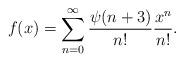
LaTeX: \begin{align*} f(x)=\sum_{n=0}^{\infty} \frac{\psi(n+3)}{n!} \frac{x^n}{n!}.\end{align*}